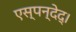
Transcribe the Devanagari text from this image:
एस्पन्देद्।